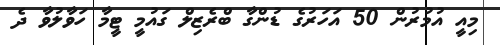
މިއީ އުމުރުން 50 އަހަރުގެ ޑުންގާ ބްރެޒިލް ގައުމީ ޓީމާ ހަވާލުވާ ދެ